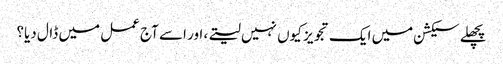
پچھلے سیکشن میں ایک تجویز کیوں نہیں لیتے، اور اسے آج عمل میں ڈال دیا؟